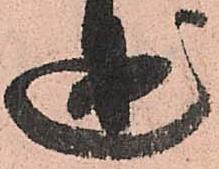
述